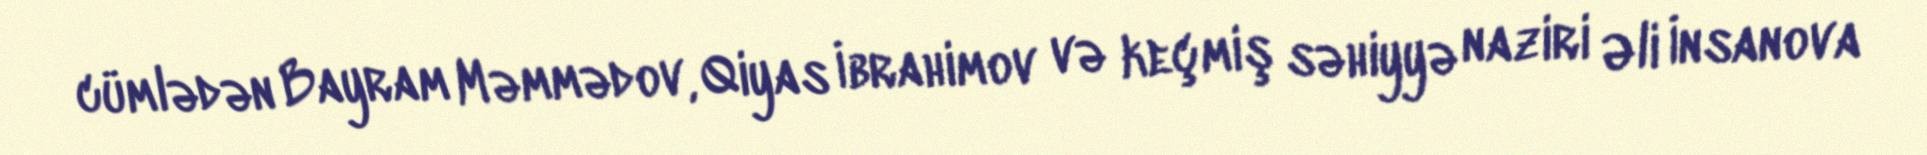
cümlədən Bayram Məmmədov, Qiyas İbrahimov və keçmiş səhiyyə naziri Əli İnsanova